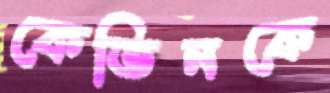
কেভিনকে